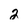
Character: 2